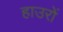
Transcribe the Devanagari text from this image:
हाउरों